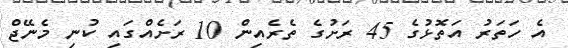
އެ ހަތަރު އަތޮޅުގެ 45 ރަށުގެ ތެރެއިން 10 ރަށެއްގައި ކުނި މެނޭޖް